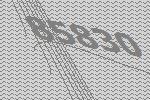
85830